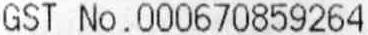
GST NO.000670859264